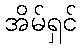
အိမ်ရှင်